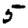
Digit: 5